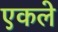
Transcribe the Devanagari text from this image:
एकले